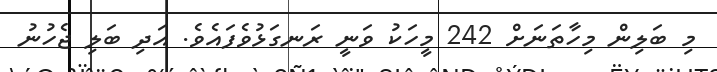
މި ބަލިން މިހާތަނަށް 242 މީހަކު ވަނީ ރަނގަޅުވެފައެވެ. އަދި ބަލި ޖެހުނު